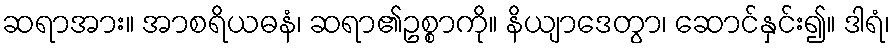
ဆရာအား။ အာစရိယဓနံ၊ ဆရာ၏ဥစ္စာကို။ နိယျာဒေတွာ၊ ဆောင်နှင်း၍။ ဒါရံ၊